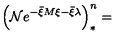
\left( \mathcal { N } e ^ { - \bar { \xi } M \xi - \bar { \xi } \lambda } \right) _ { \ast } ^ { n } =